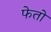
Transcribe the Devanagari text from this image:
फेतो